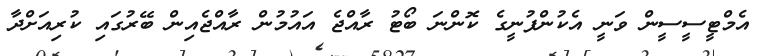
އެމްޓީސީސީން ވަނީ އެކުންފުނީގެ ކޮންނަ ބޯޓު ރާއްޖެ އައުމުން ރާއްޖެއިން ބޭރުގައި ކުރިއަށްދާ